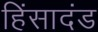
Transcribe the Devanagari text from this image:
हिंसादंड